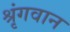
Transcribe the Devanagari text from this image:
श्रृंगवान